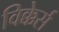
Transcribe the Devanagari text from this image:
विक्केर्स